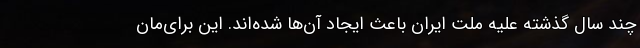
چند سال گذشته علیه ملت ایران باعث ایجاد آن‌ها شده‌اند. این برای‌مان